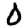
Digit: 0